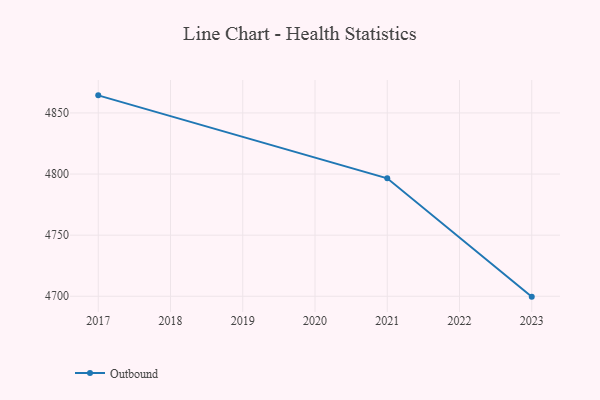
{"axis": {"x": "Year", "y": "Gross Profit (USD K)"}, "legend": ["Outbound"], "data": [{"x": "2023", "y": 4699.7, "type": "Outbound"}, {"x": "2021", "y": 4796.5, "type": "Outbound"}, {"x": "2017", "y": 4864.4, "type": "Outbound"}]}